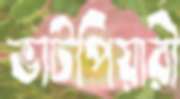
ভাটপিয়ারী